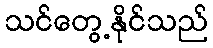
သင်တွေ့နိုင်သည်